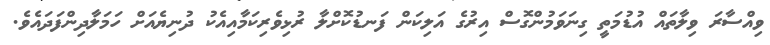
ވިއްސާރަ ވިލާތައް އުޑުމަތީ ގިނަވަމުންގޮސް އިރުގެ އަލިކަން ފަނޑުކޮށްލާ ރުޅިވެރިކަމާއިއެކު ދުނިޔެއަށް ހަމަލާދިންފަދައެވެ.